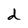
Character: d